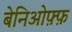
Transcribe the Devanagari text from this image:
बेनिओफ़्फ़